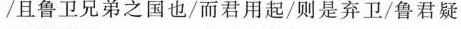
/且鲁卫兄弟之国也/而君用起/则是弃卫/鲁君疑